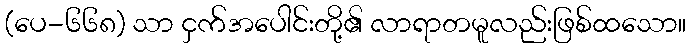
(ပေ-၆၆၈) သာ ငှက်အပေါင်းတို့၏ လာရာတမူလည်းဖြစ်ထသော။